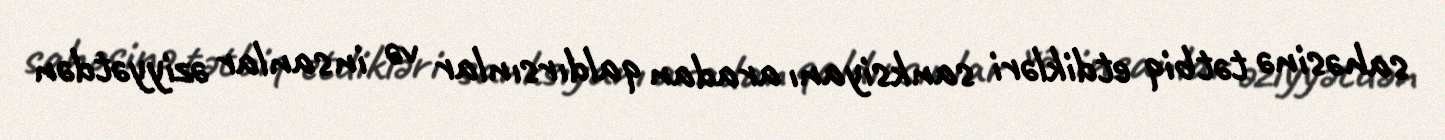
sahəsinə tətbiq etdikləri sanksiyanı aradan qaldırsınlar və insanlar əziyyətdən